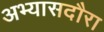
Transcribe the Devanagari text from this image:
अभ्यासदौरा